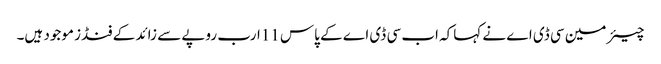
چیئر مین سی ڈی اے نے کہاکہ اب سی ڈی اے کے پاس 11ارب روپے سے زائد کے فنڈز موجود ہیں۔